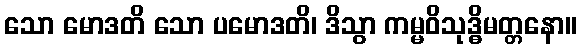
သော မောဒတိ သော ပမောဒတိ၊ ဒိသွာ ကမ္မဝိသုဒ္ဓိမတ္တနော။